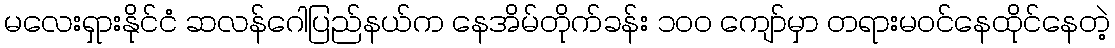
မလေးရှားနိုင်ငံ ဆလန်ဂေါပြည်နယ်က နေအိမ်တိုက်ခန်း ၁၀၀ ကျော်မှာ တရားမဝင်နေထိုင်နေတဲ့